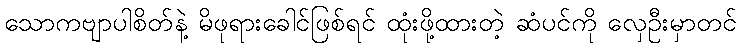
သောကဗျာပါစိတ်နဲ့ မိဖုရားခေါင်ဖြစ်ရင် ထုံးဖို့ထားတဲ့ ဆံပင်ကို လှေဦးမှာတင်